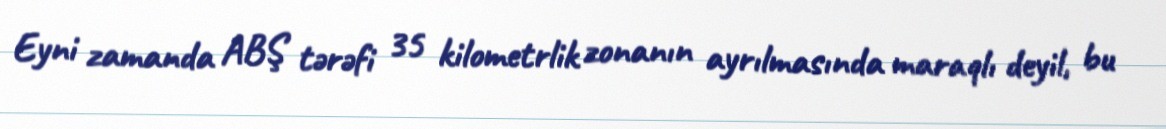
Eyni zamanda ABŞ tərəfi 35 kilometrlik zonanın ayrılmasında maraqlı deyil, bu